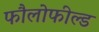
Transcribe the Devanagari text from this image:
फौलोफील्ड